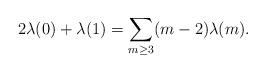
LaTeX: \begin{align*}2\lambda(0)+\lambda(1)=\sum_{m\geq 3}(m-2)\lambda(m).\end{align*}